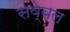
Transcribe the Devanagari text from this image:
सव्बल